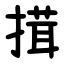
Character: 搑